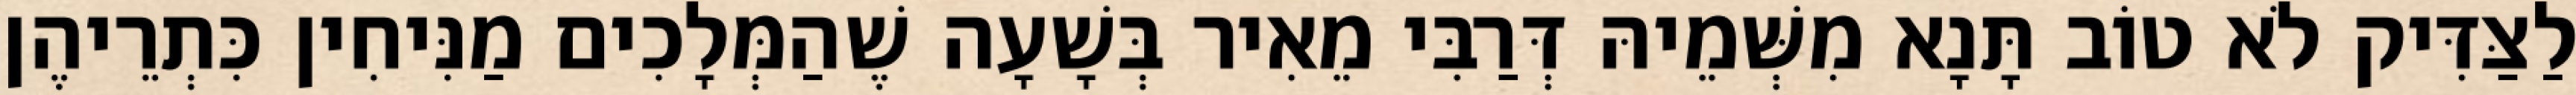
לַצַּדִּיק לֹא טוֹב תָּנָא מִשְּׁמֵיהּ דְּרַבִּי מֵאִיר בְּשָׁעָה שֶׁהַמְּלָכִים מַנִּיחִין כִּתְרֵיהֶן